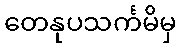
တေနုပသင်္ကမိမှ